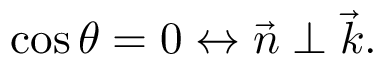
\cos \theta = 0 \leftrightarrow \vec { n } \perp \vec { k } .